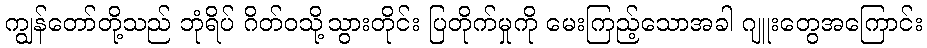
ကျွန်တော်တို့သည် ဘုံရိပ် ဂိတ်ဝသို့သွားတိုင်း ပြတိုက်မှုကို မေးကြည့်သောအခါ ဂျူးတွေအကြောင်း